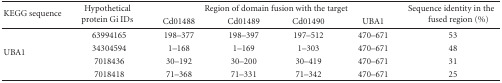
| <ROWSPAN=2> KEGG sequence | <ROWSPAN=2> Hypothetical protein Gi IDs | <COLSPAN=4> Region of domain fusion with the target | <ROWSPAN=2> Sequence identity in the fused region (%) |
 | Cd01488 | Cd01489 | Cd01490 | UBA1 |
 | --- | --- | --- | --- | --- | --- | --- |
 | <ROWSPAN=4> UBA1 | 63994165 | 198–377 | 198–397 | 197–512 | 470–671 | 53 |
 | 34304594 | 1–168 | 1–169 | 1–303 | 470–671 | 48 |
 | 7018436 | 30–192 | 30–200 | 30–419 | 470–671 | 31 |
 | 7018418 | 71–368 | 71–331 | 71–342 | 470–671 | 25 |